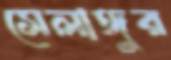
সেলাঙ্গুর